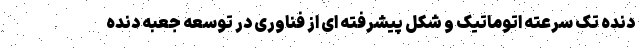
دنده تک سرعته اتوماتیک و شکل پیشرفته ای از فناوری در توسعه جعبه دنده